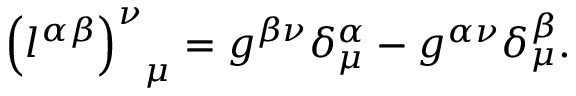
{ \left( l ^ { \alpha \beta } \right) ^ { \nu } } _ { \mu } = g ^ { \beta \nu } \delta _ { \mu } ^ { \alpha } - g ^ { \alpha \nu } \delta _ { \mu } ^ { \beta } .